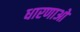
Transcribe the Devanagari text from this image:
धारणाओ